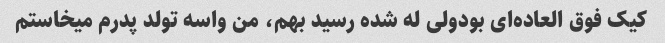
کیک فوق العاده‌ای بودولی له شده رسید بهم، من واسه تولد پدرم میخاستم